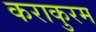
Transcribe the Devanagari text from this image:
कराकुरम